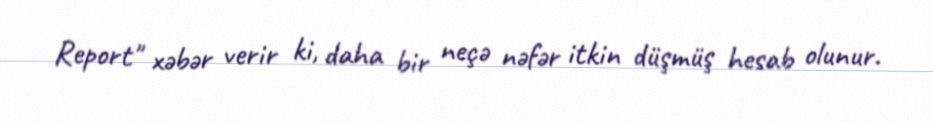
Report" xəbər verir ki, daha bir neçə nəfər itkin düşmüş hesab olunur.